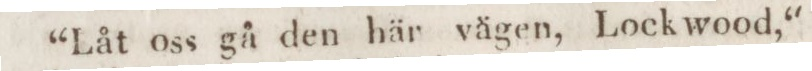
“Låt oss gå den här vägen, Lockwood,“